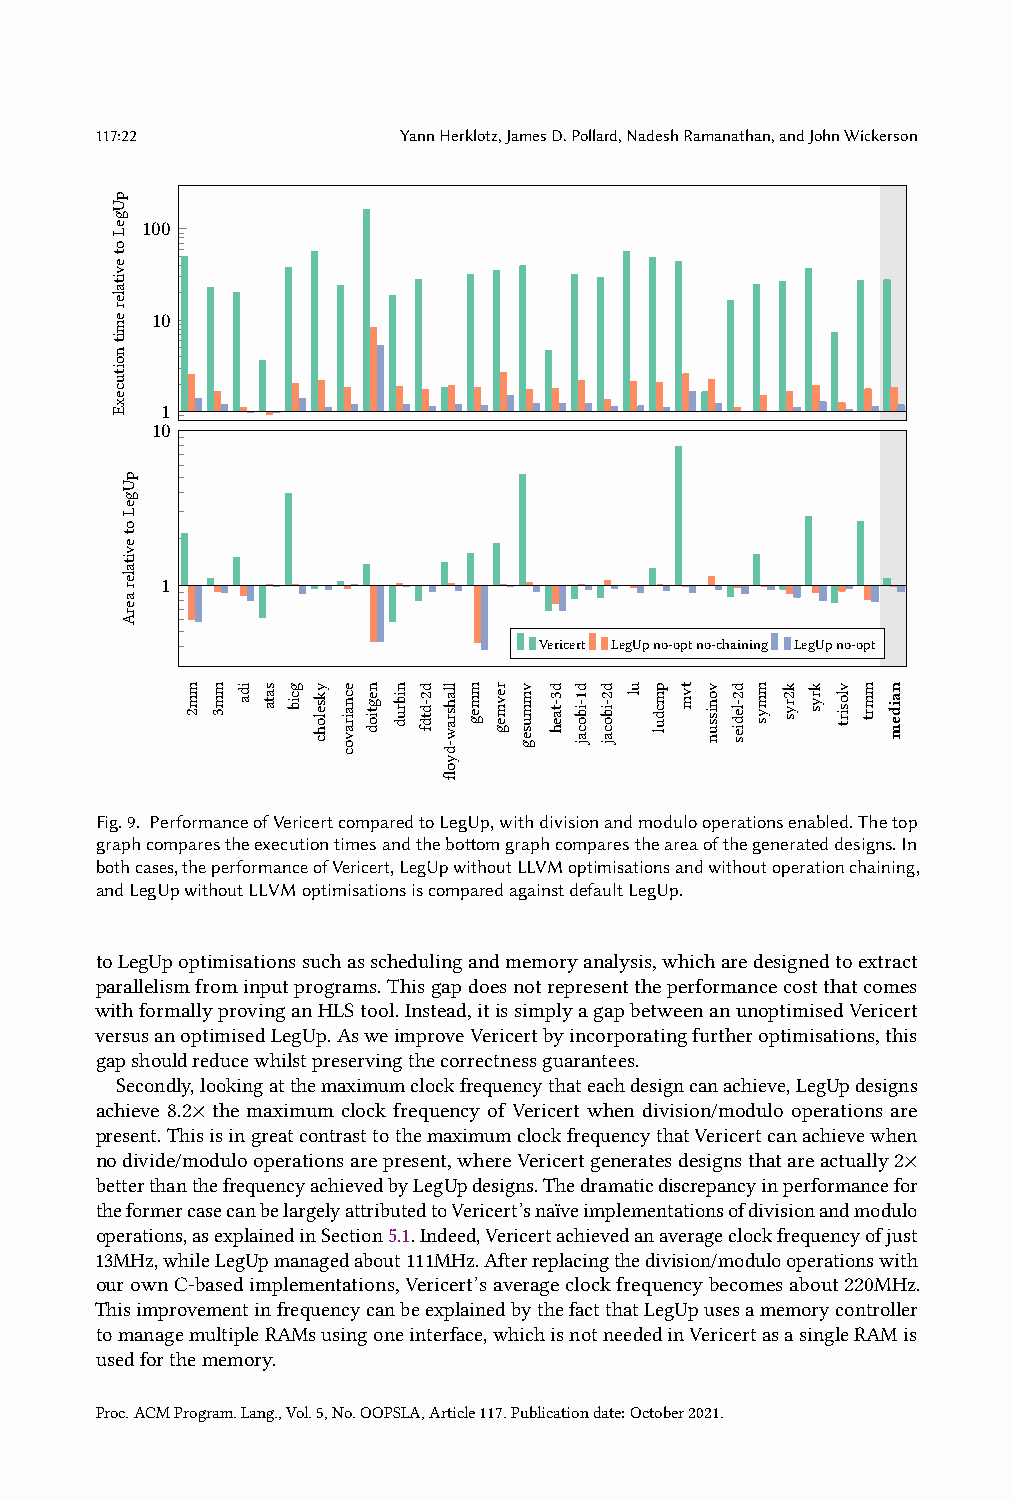
117:22               YannHerklotz,JamesD.Pollard,NadeshRamanathan,andJohnWickerson
 100
 10
 1
 10
 1
 Vericert LegUpno-optno-chaining LegUpno-opt
 Fig.9. PerformanceofVericertcomparedtoLegUp,withdivisionandmodulooperationsenabled.Thetop
 graphcomparestheexecutiontimesandthebottomgraphcomparestheareaofthegenerateddesigns.In
 bothcases,theperformanceofVericert,LegUpwithoutLLVMoptimisationsandwithoutoperationchaining,
 andLegUpwithoutLLVMoptimisationsiscomparedagainstdefaultLegUp.
 toLegUpoptimisationssuchasschedulingandmemoryanalysis,whicharedesignedtoextract
 parallelismfrominputprograms.Thisgapdoesnotrepresenttheperformancecostthatcomes
 withformallyprovinganHLStool.Instead,itissimplyagapbetweenanunoptimisedVericert
 versusanoptimisedLegUp.AsweimproveVericertbyincorporatingfurtheroptimisations,this
 gapshouldreducewhilstpreservingthecorrectnessguarantees.
 Secondly,lookingatthemaximumclockfrequencythateachdesigncanachieve,LegUpdesigns
 achieve 8.2× the maximum clock frequency of Vericert when division/modulo operations are
 present.ThisisingreatcontrasttothemaximumclockfrequencythatVericertcanachievewhen
 nodivide/modulooperationsarepresent,whereVericertgeneratesdesignsthatareactually2×
 betterthanthefrequencyachievedbyLegUpdesigns.Thedramaticdiscrepancyinperformancefor
 theformercasecanbelargelyattributedtoVericert’snaïveimplementationsofdivisionandmodulo
 operations,asexplainedinSection5.1.Indeed,Vericertachievedanaverageclockfrequencyofjust
 13MHz,whileLegUpmanagedabout111MHz.Afterreplacingthedivision/modulooperationswith
 ourownC-basedimplementations,Vericert’saverageclockfrequencybecomesabout220MHz.
 ThisimprovementinfrequencycanbeexplainedbythefactthatLegUpusesamemorycontroller
 tomanagemultipleRAMsusingoneinterface,whichisnotneededinVericertasasingleRAMis
 usedforthememory.
 Proc.ACMProgram.Lang.,Vol.5,No.OOPSLA,Article117.Publicationdate:October2021.
 pUgeLotevitaleremitnoitucexE
 pUgeLotevitaleraerA
 mm2 mm3 ida sata gcib ykselohc ecnairavoc negtiod nibrud d2-dtdf llahsraw-dyofl mmeg revmeg vmmuseg d3-taeh d1-ibocaj d2-ibocaj ul pmcdul tvm vonissun d2-ledies mmys k2rys krys vlosirt mmrt naidem